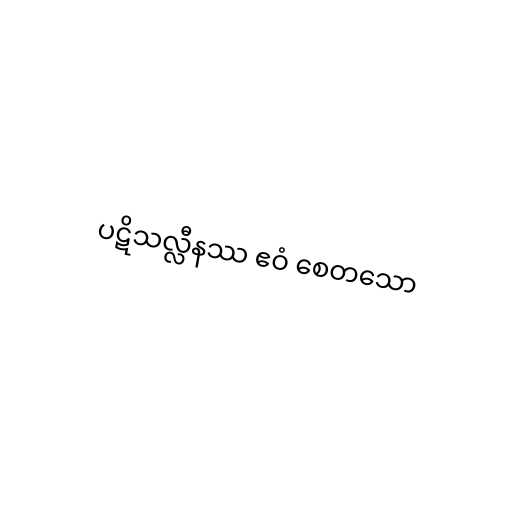
ပဋိသလ္လီနဿ ဧဝံ စေတသော